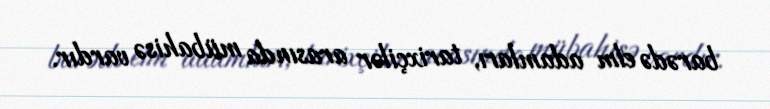
barədə elm adamları, tarixçilər arasında mübahisə vardır.